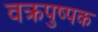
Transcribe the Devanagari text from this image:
वक्रपुष्पक